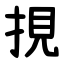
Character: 挸